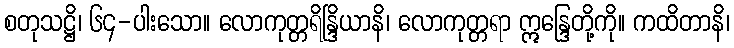
စတုသဋ္ဌိ၊ ၆၄-ပါးသော။ လောကုတ္တရိန္ဒြိယာနိ၊ လောကုတ္တရာ ဣန္ဒြေတို့ကို။ ကထိတာနိ၊